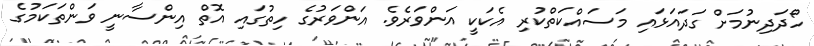
ހޯދަދިނުމަށް ގަދައަޅައި މަސައްކަތްކުރި އެކަކީ އަންވަރެވެ. އަންވަރުގެ ހިތުގައި އޮތް އިންސާނީ ވަންތަކަމުގެ